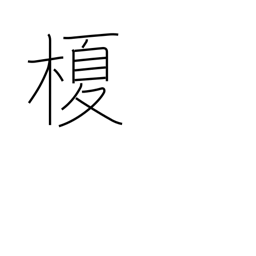
Meaning: lotus tree